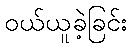
ဝယ်ယူခဲ့ခြင်း